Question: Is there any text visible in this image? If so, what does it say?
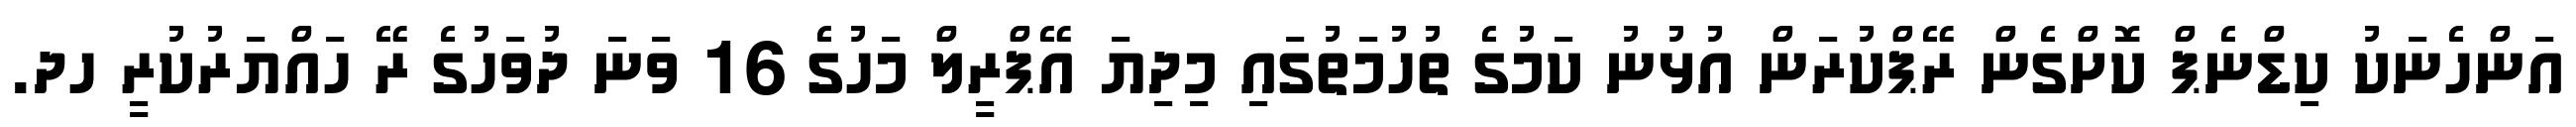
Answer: އަންހެނަކު ކިޑްނެޕް ކޮށްގެން ރޭޕްކުރަން އުޅުނު ކަމުގެ ތުހުމަތުގައި މިދިޔަ އޭޕްރީލް މަހުގެ 16 ވަނަ ދުވަހުގެ ރޭ ހައްޔަރުކުރީ ހދ.